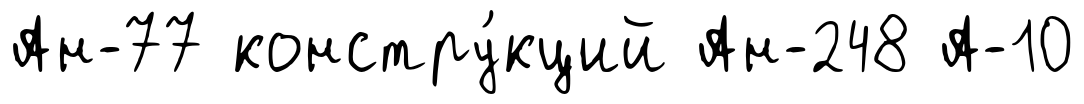
Ан-77 констру́кций Ан-248 А-10